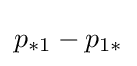
p_{*1}-p_{1*}